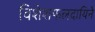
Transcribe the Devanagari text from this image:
विशेशफलदायिने